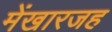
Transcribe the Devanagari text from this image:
मेंखारजह